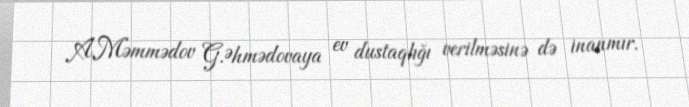
A.Məmmədov G.Əhmədovaya ev dustaqlığı verilməsinə də inanmır.